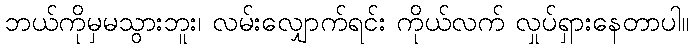
ဘယ်ကိုမှမသွားဘူး၊ လမ်းလျှောက်ရင်း ကိုယ်လက် လှုပ်ရှားနေတာပါ။